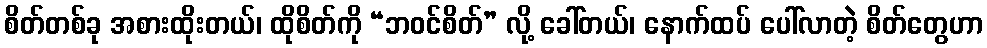
စိတ်တစ်ခု အစားထိုးတယ်၊ ထိုစိတ်ကို “ဘဝင်စိတ်” လို့ ခေါ်တယ်၊ နောက်ထပ် ပေါ်လာတဲ့ စိတ်တွေဟာ